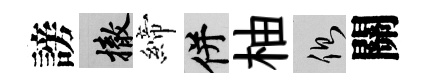
謗撤締并柚側關